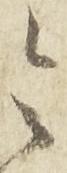
令